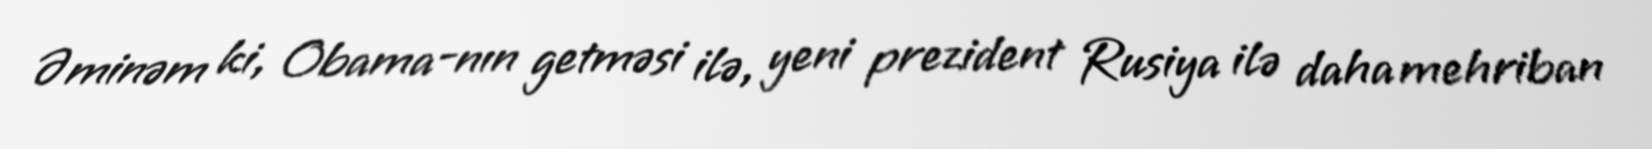
Əminəm ki, Obama-nın getməsi ilə, yeni prezident Rusiya ilə daha mehriban